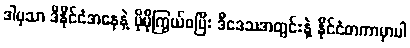
ဒါမှသာ ဒီနိုင်ငံအနေနဲ့ ပိုမိုကြွယ်ဝပြီး ဒီဒေသအတွင်းနဲ့ နိုင်ငံတကာမှာပါ